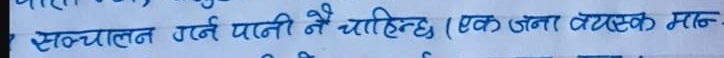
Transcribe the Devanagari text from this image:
सञ्चालन गर्न पानी नै चाहिन्छ (एक जना वयस्क मान-